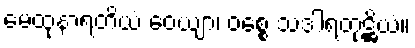
မေထုနာရတိယံ ဝေယျာ၊ ဝစ္စေ သဒါရတုဋ္ဌိယံ။